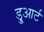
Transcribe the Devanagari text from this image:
डु्आर्ट